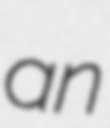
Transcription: an